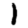
Digit: 1